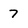
Character: 7